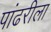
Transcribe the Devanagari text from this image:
पांढरीला